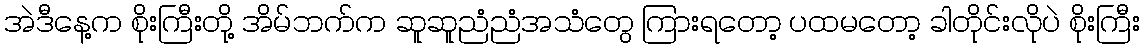
အဲဒီနေ့က စိုးကြီးတို့ အိမ်ဘက်က ဆူဆူညံညံအသံတွေ ကြားရတော့ ပထမတော့ ခါတိုင်းလိုပဲ စိုးကြီး